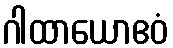
ဂါထာယောဧဝံ